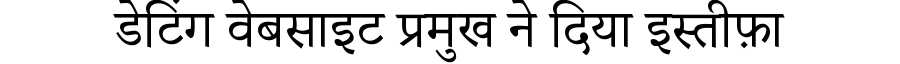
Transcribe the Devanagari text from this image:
डेटिंग वेबसाइट प्रमुख ने दिया इस्तीफ़ा